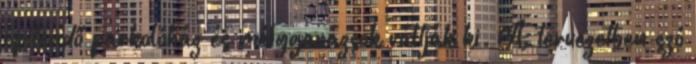
építendő parkolóház és mélygarázsok váltják ki. A tervezetben szó